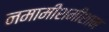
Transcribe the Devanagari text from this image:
नमामीशमीशान